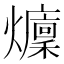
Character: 𤒢